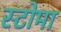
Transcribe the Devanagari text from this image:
स्टोमा